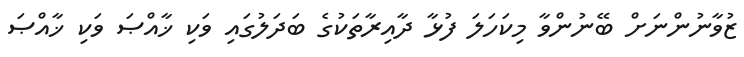
ޒުވާނުންނަށް ބޭނުންވާ މިކަހަލަ ފުޅާ ދާއިރާތަކުގެ ބަދަލުގައި ވަކި ޚާއްޞަ ވަކި ޚާއްޞަ